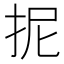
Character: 抳